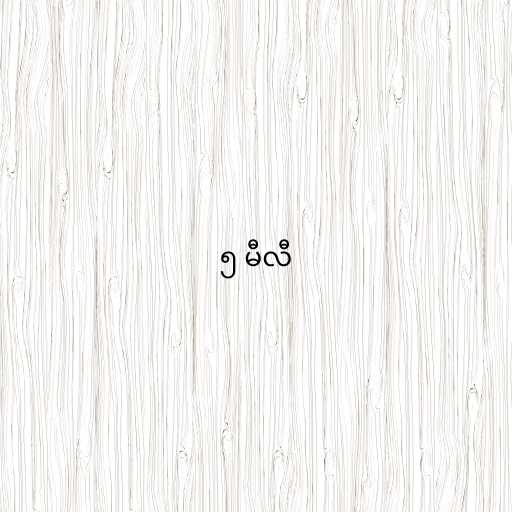
၅ မီလီ